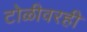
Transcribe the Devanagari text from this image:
टोळीवरही